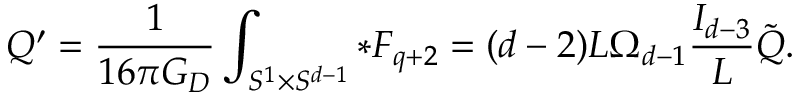
{ \cal Q } ^ { \prime } = { \frac { 1 } { 1 6 \pi G _ { D } } } \int _ { S ^ { 1 } \times S ^ { d - 1 } } * F _ { q + 2 } = ( d - 2 ) L \Omega _ { d - 1 } { \frac { I _ { d - 3 } } { L } } \tilde { Q } .